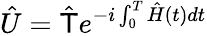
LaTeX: \hat{U}=\hat{\mathsf{T}}e^{-i\int_{0}^{T}\hat{H}(t)dt}